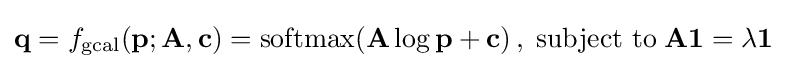
\mathbf {q} =f_{\text{gcal}}(\mathbf {p} ;\mathbf {A} ,\mathbf {c} )=\operatorname {softmax} (\mathbf {A} \log \mathbf {p} +\mathbf {c} )\,,\;{\text{subject to}}\;\mathbf {A1} =\lambda \mathbf {1}